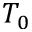
T _ { 0 }